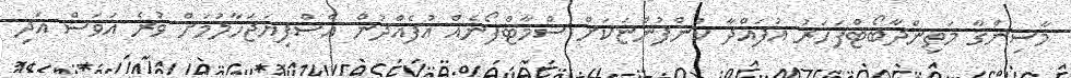
މާސިންގާ މަތިންދާބޯޓްފަހަރު އުފައްދާ ކުންފުންޏަކަށް ސްމާޓްފޯނެއް އުފެއްދުން އެސްފިޔަޖަހާލުމަށް ވުރެ އަވަސް އަދި